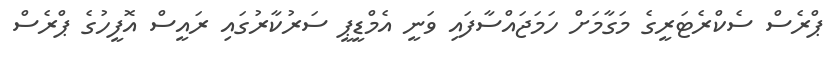
ޕްރެސް ސެކްރެޓަރީގެ މަގާމަށް ހަމަޖައްސާފައި ވަނީ އެމްޑީޕީ ސަރުކާރުގައި ރައީސް އޮފީހުގެ ޕްރެސް